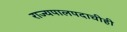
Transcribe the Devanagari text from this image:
राज्यपालपदाचीही